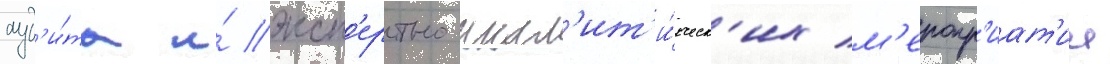
ауд'и́та и́ эксп'ертно-анал'ит'и́ческ'их м'еропр'иат'ии